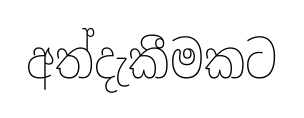
අත්දැකීමකට